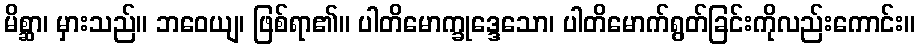
မိစ္ဆာ၊ မှားသည်။ ဘဝေယျ၊ ဖြစ်ရာ၏။ ပါတိမောက္ခုဒ္ဒေသော၊ ပါတိမောက်ရွတ်ခြင်းကိုလည်းကောင်း။